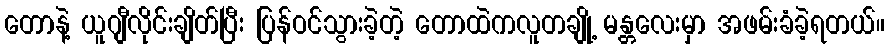
တောနဲ့ ယူဂျီလိုင်းချိတ်ပြီး ပြန်ဝင်သွားခဲ့တဲ့ တောထဲကလူတချို့ မန္တလေးမှာ အဖမ်းခံခဲ့ရတယ်။